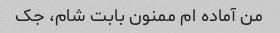
من آماده ام ممنون بابت شام، جک